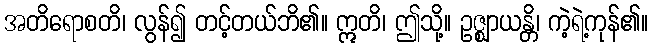
အတိရောစတိ၊ လွန်၍ တင့်တယ်ဘိ၏။ ဣတိ၊ ဤသို့။ ဥဇ္ဈာယန္တိ၊ ကဲ့ရဲ့ကုန်၏။